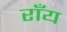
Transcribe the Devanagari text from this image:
राँय